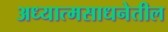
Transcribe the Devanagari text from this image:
अध्यात्मसाधनेतील